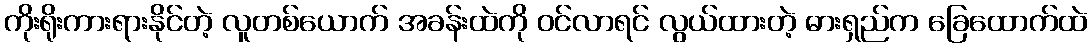
ကိုးရိုးကားရားနိုင်တဲ့ လူတစ်ယောက် အခန်းထဲကို ဝင်လာရင် လွယ်ထားတဲ့ ဓားရှည်က ခြေထောက်ထဲ